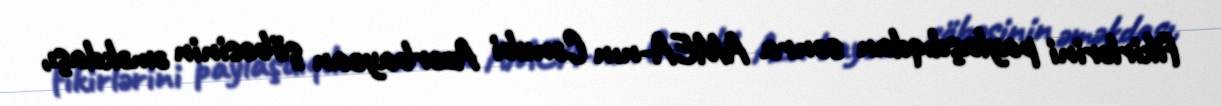
fikirlərini paylaşdıqdan sonra AMEA-nın Cənubi Azərbaycan şöbəsinin əməkdaşı,